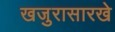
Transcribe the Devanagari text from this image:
खजुरासारखे